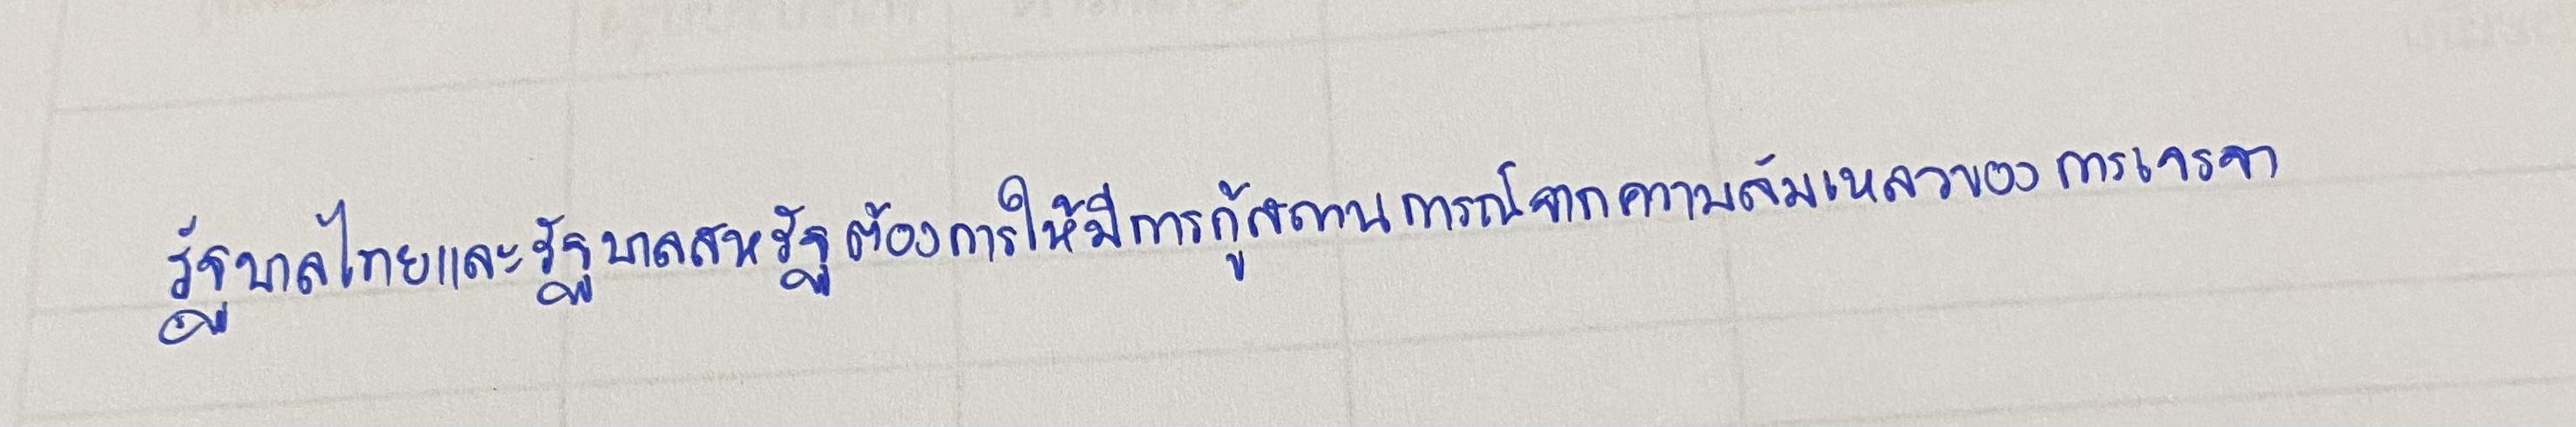
รัฐบาลไทยและรัฐบาลสหรัฐต้องการให้มีการกู้สถานการณ์จากความล้มเหลวของการเจรจา